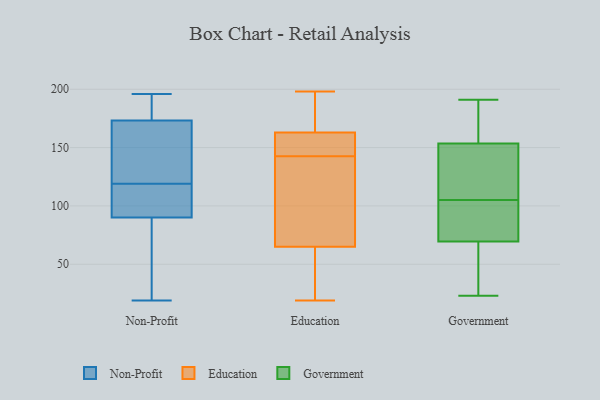
{"axis": {"x": "LTV (USD)", "y": "Value"}, "legend": ["Education", "Government", "Non-Profit"], "data": [{"x": "", "y": 135, "type": "Non-Profit"}, {"x": "", "y": 174, "type": "Non-Profit"}, {"x": "", "y": 181, "type": "Non-Profit"}, {"x": "", "y": 173, "type": "Non-Profit"}, {"x": "", "y": 90, "type": "Non-Profit"}, {"x": "", "y": 196, "type": "Non-Profit"}, {"x": "", "y": 138, "type": "Non-Profit"}, {"x": "", "y": 168, "type": "Non-Profit"}, {"x": "", "y": 20, "type": "Non-Profit"}, {"x": "", "y": 19, "type": "Non-Profit"}, {"x": "", "y": 44, "type": "Non-Profit"}, {"x": "", "y": 95, "type": "Non-Profit"}, {"x": "", "y": 101, "type": "Non-Profit"}, {"x": "", "y": 194, "type": "Non-Profit"}, {"x": "", "y": 90, "type": "Non-Profit"}, {"x": "", "y": 106, "type": "Non-Profit"}, {"x": "", "y": 119, "type": "Non-Profit"}, {"x": "", "y": 160, "type": "Education"}, {"x": "", "y": 119, "type": "Education"}, {"x": "", "y": 198, "type": "Education"}, {"x": "", "y": 163, "type": "Education"}, {"x": "", "y": 167, "type": "Education"}, {"x": "", "y": 128, "type": "Education"}, {"x": "", "y": 185, "type": "Education"}, {"x": "", "y": 47, "type": "Education"}, {"x": "", "y": 168, "type": "Education"}, {"x": "", "y": 150, "type": "Education"}, {"x": "", "y": 65, "type": "Education"}, {"x": "", "y": 78, "type": "Education"}, {"x": "", "y": 145, "type": "Education"}, {"x": "", "y": 19, "type": "Education"}, {"x": "", "y": 40, "type": "Education"}, {"x": "", "y": 163, "type": "Education"}, {"x": "", "y": 48, "type": "Education"}, {"x": "", "y": 140, "type": "Education"}, {"x": "", "y": 178, "type": "Government"}, {"x": "", "y": 106, "type": "Government"}, {"x": "", "y": 23, "type": "Government"}, {"x": "", "y": 173, "type": "Government"}, {"x": "", "y": 120, "type": "Government"}, {"x": "", "y": 63, "type": "Government"}, {"x": "", "y": 111, "type": "Government"}, {"x": "", "y": 73, "type": "Government"}, {"x": "", "y": 174, "type": "Government"}, {"x": "", "y": 62, "type": "Government"}, {"x": "", "y": 104, "type": "Government"}, {"x": "", "y": 191, "type": "Government"}, {"x": "", "y": 95, "type": "Government"}, {"x": "", "y": 134, "type": "Government"}, {"x": "", "y": 66, "type": "Government"}, {"x": "", "y": 91, "type": "Government"}]}